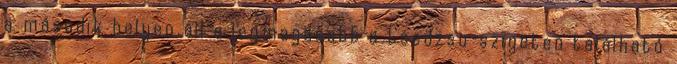
a második helyen áll a legmagasabb a Csedzsu-szigeten található